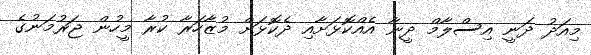
މިއަދު ދަނީ އިސްލާމް ދީނާ އެއްކޮޅަށާއި ދެކޮޅަށް މުޒާހަރާ ކުރާ މީހުން ޖަރުމަނުގެ